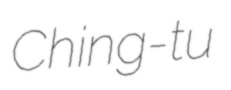
Ching-tu